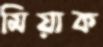
মিয়াক